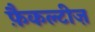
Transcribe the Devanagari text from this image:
फ़ैकल्टीज़